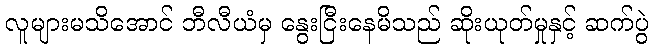
လူများမသိအောင် ဘီလီယံမှ နွေးငြီးနေမိသည် ဆိုးယုတ်မှုနှင့် ဆက်ပွဲ